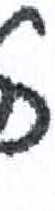
אות: כ